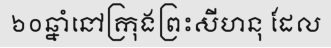
៦០ឆ្នាំនៅក្រុងព្រះសីហនុ ដែល